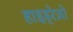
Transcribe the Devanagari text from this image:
हाइड्रेज़ो